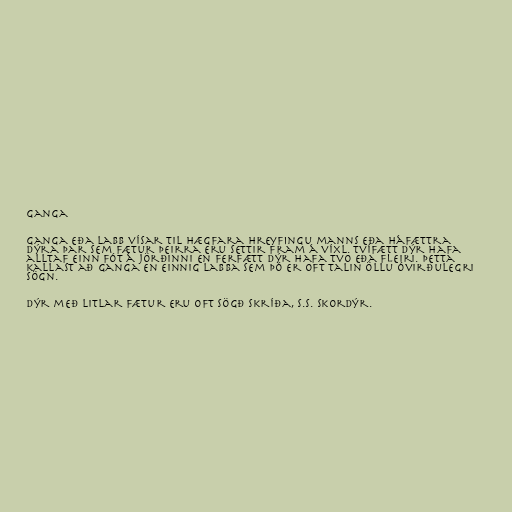
Ganga

Ganga eða labb vísar til hægfara hreyfingu manns eða háfættra
dýra þar sem fætur þeirra eru settir fram á víxl. Tvífætt dýr hafa
alltaf einn fót á jörðinni en ferfætt dýr hafa tvo eða fleiri. Þetta
kallast að ganga en einnig labba sem þó er oft talin öllu óvirðulegri
sögn.

Dýr með litlar fætur eru oft sögð skríða, s.s. skordýr.